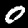
Label: 0